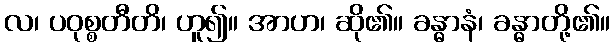
လ၊ ပဝုစ္စတီတိ၊ ဟူ၍။ အာဟ၊ ဆို၏။ ခန္ဓာနံ၊ ခန္ဓာတို့၏။